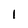
Character: 1